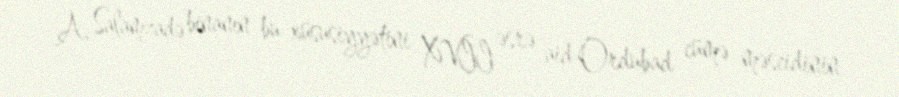
A. Salamzadə binanın bu xüsusiyyətini XVII əsrə aid Ordubad cümə məscidinin